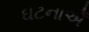
ઘટનાએઁ